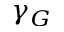
\gamma _ { G }